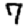
Digit: 7